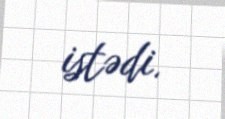
istədi.